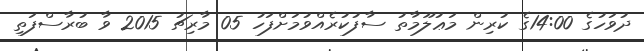
ދުވަހުގެ 14:00ގެ ކުރިން މަޢުލޫމާތު ސާފުކުރެއްވުމަށްފަހު 05 މާރިޗު 2015 ވާ ބުރާސްފަތި